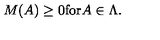
M ( A ) \geq 0 \mathrm { f o r } A \in \Lambda .